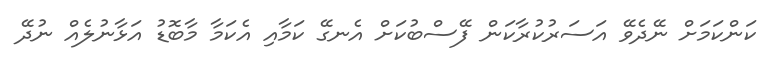
ކަންކަމަށް ނޭދެވޭ އަސަރުކުރާކަން ފޭސްބުކަށް އެނގޭ ކަމާއި އެކަމާ މާބޮޑު އަޅާނުލެއް ނުދޭ